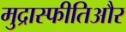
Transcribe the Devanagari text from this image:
मुद्रास्फीतिऔर